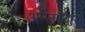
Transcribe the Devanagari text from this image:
अन्तरवास